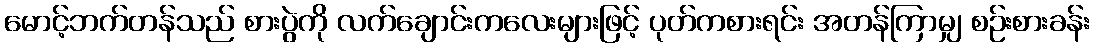
မောင့်ဘက်တန်သည် စားပွဲကို လက်ချောင်းကလေးများဖြင့် ပုတ်ကစားရင်း အတန်ကြာမျှ စဉ်းစားခန်း